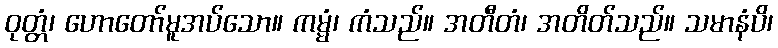
ဝုတ္တံ၊ ဟောတော်မူအပ်သော။ ကမ္မံ၊ ကံသည်။ အတီတံ၊ အတိတ်သည်။ သမာနံပိ၊